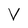
Character: V